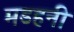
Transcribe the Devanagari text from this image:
मडहनी